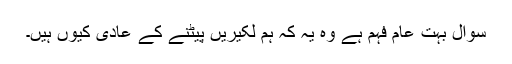
سوال بہت عام فہم ہے وہ یہ کہ ہم لکیریں پیٹنے کے عادی کیوں ہیں۔